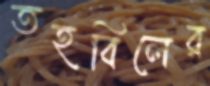
তহবিলের